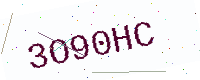
Text: 3O90HC